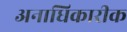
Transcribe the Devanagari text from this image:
अनाधिकारीक